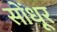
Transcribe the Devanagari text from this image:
सोंधूर